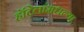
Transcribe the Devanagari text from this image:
हॉटेलांमधल्या